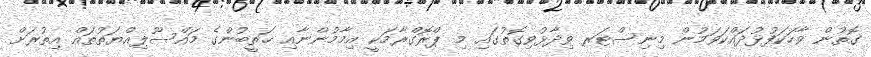
ގޮތުން ވާހަކަފުޅުދައްކަވަމުން މިނިސްޓަރ ވިދާޅުވިގޮތުގައި މި ޕްރޮގްރާމަކީ އިމާމުންނާއި ޚަތީބުންގެ މައްސޫލިއްޔަތުތައް އިތުރަށް